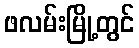
ဖလမ်းမြို့တွင်